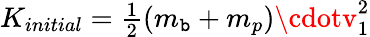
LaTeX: K_{initial}={\begin{array}{l}{{\frac{1}{2}}}\end{array}}(m_{\mathtt{b}}+m_{p})\cdotv_{1}^{2}